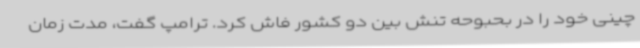
چینی خود را در بحبوحه تنش بین دو کشور فاش کرد. ترامپ گفت، مدت زمان